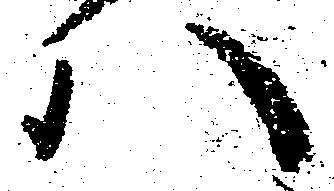
ハ